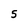
Character: 5